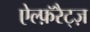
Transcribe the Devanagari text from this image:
ऐल्फ़ॅरैट्ज़